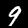
Digit: 9